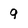
Character: 9